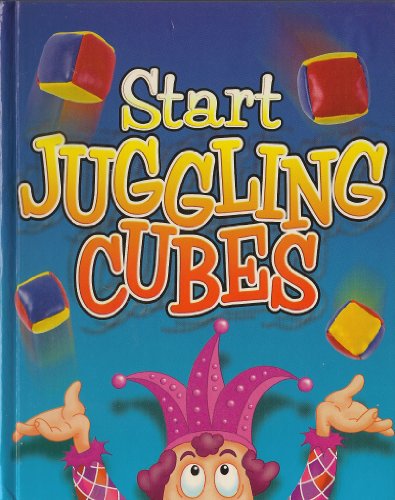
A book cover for Start Juggling Cubes; Paul Pleasants; Sports & Outdoors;